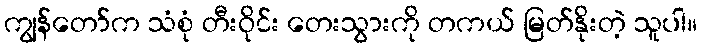
ကျွန်တော်က သံစုံ တီးဝိုင်း တေးသွားကို တကယ် မြတ်နိုးတဲ့ သူပါ။